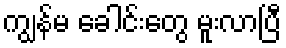
ကျွန်မ ခေါင်းတွေ မူးလာပြီ